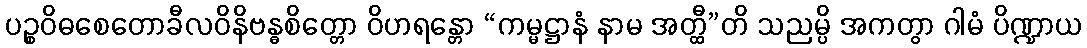
ပဉ္စဝိဓစေတောခီလဝိနိဗန္ဓစိတ္တော ဝိဟရန္တော “ကမ္မဋ္ဌာနံ နာမ အတ္ထီ”တိ သညမ္ပိ အကတွာ ဂါမံ ပိဏ္ဍာယ